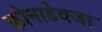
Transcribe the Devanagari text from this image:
कोनाडेवजा